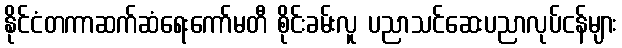
နိုင်ငံတကာဆက်ဆံရေးကော်မတီ စိုင်းခမ်းလူ ပညာသင်ဆေးပညာလုပ်ငန်များ